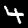
Label: 4